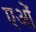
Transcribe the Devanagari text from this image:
एओं